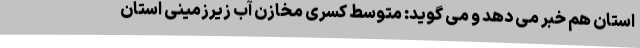
استان هم خبر می دهد و می گوید: متوسط کسری مخازن آب زیرزمینی استان